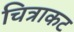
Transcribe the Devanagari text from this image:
चित्राकट